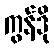
ကွန်ဒို